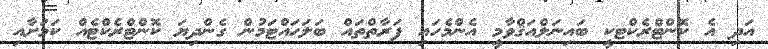
އަދި އެ ކޮންޓްރެކްޓކީ ބައިނަލްއަޤްވާމީ އެންމެހައި ފަރާތްތައް ބަލަހައްޓަމުން ގެންދިޔަ ކޮންޓްރެކްޓެއް ކަމަށާއި